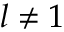
l \not = 1